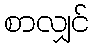
စာလျှင်